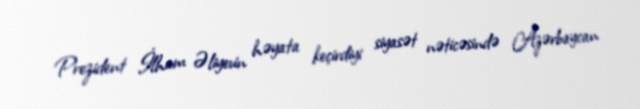
Prezident İlham Əliyevin həyata keçirdiyi siyasət nəticəsində Azərbaycan